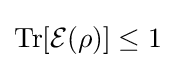
\mathrm {Tr} [{\mathcal {E}}(\rho )]\leq 1